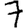
Digit: 7